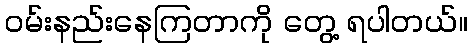
ဝမ်းနည်းနေကြတာကို တွေ့ ရပါတယ်။